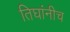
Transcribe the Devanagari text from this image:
तिघांनीच